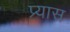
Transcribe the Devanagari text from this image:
प्र्यास